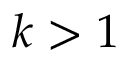
k > 1